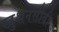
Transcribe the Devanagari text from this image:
खुशनसीबी